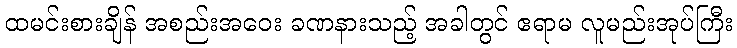
ထမင်းစားချိန် အစည်းအဝေး ခဏနားသည့် အခါတွင် ဧရာမ လူမည်းအုပ်ကြီး